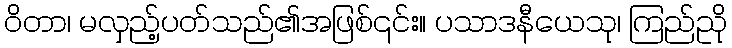
ဝိတာ၊ မလှည့်ပတ်သည်၏အဖြစ်၎င်း။ ပသာဒနီယေသု၊ ကြည်ညို